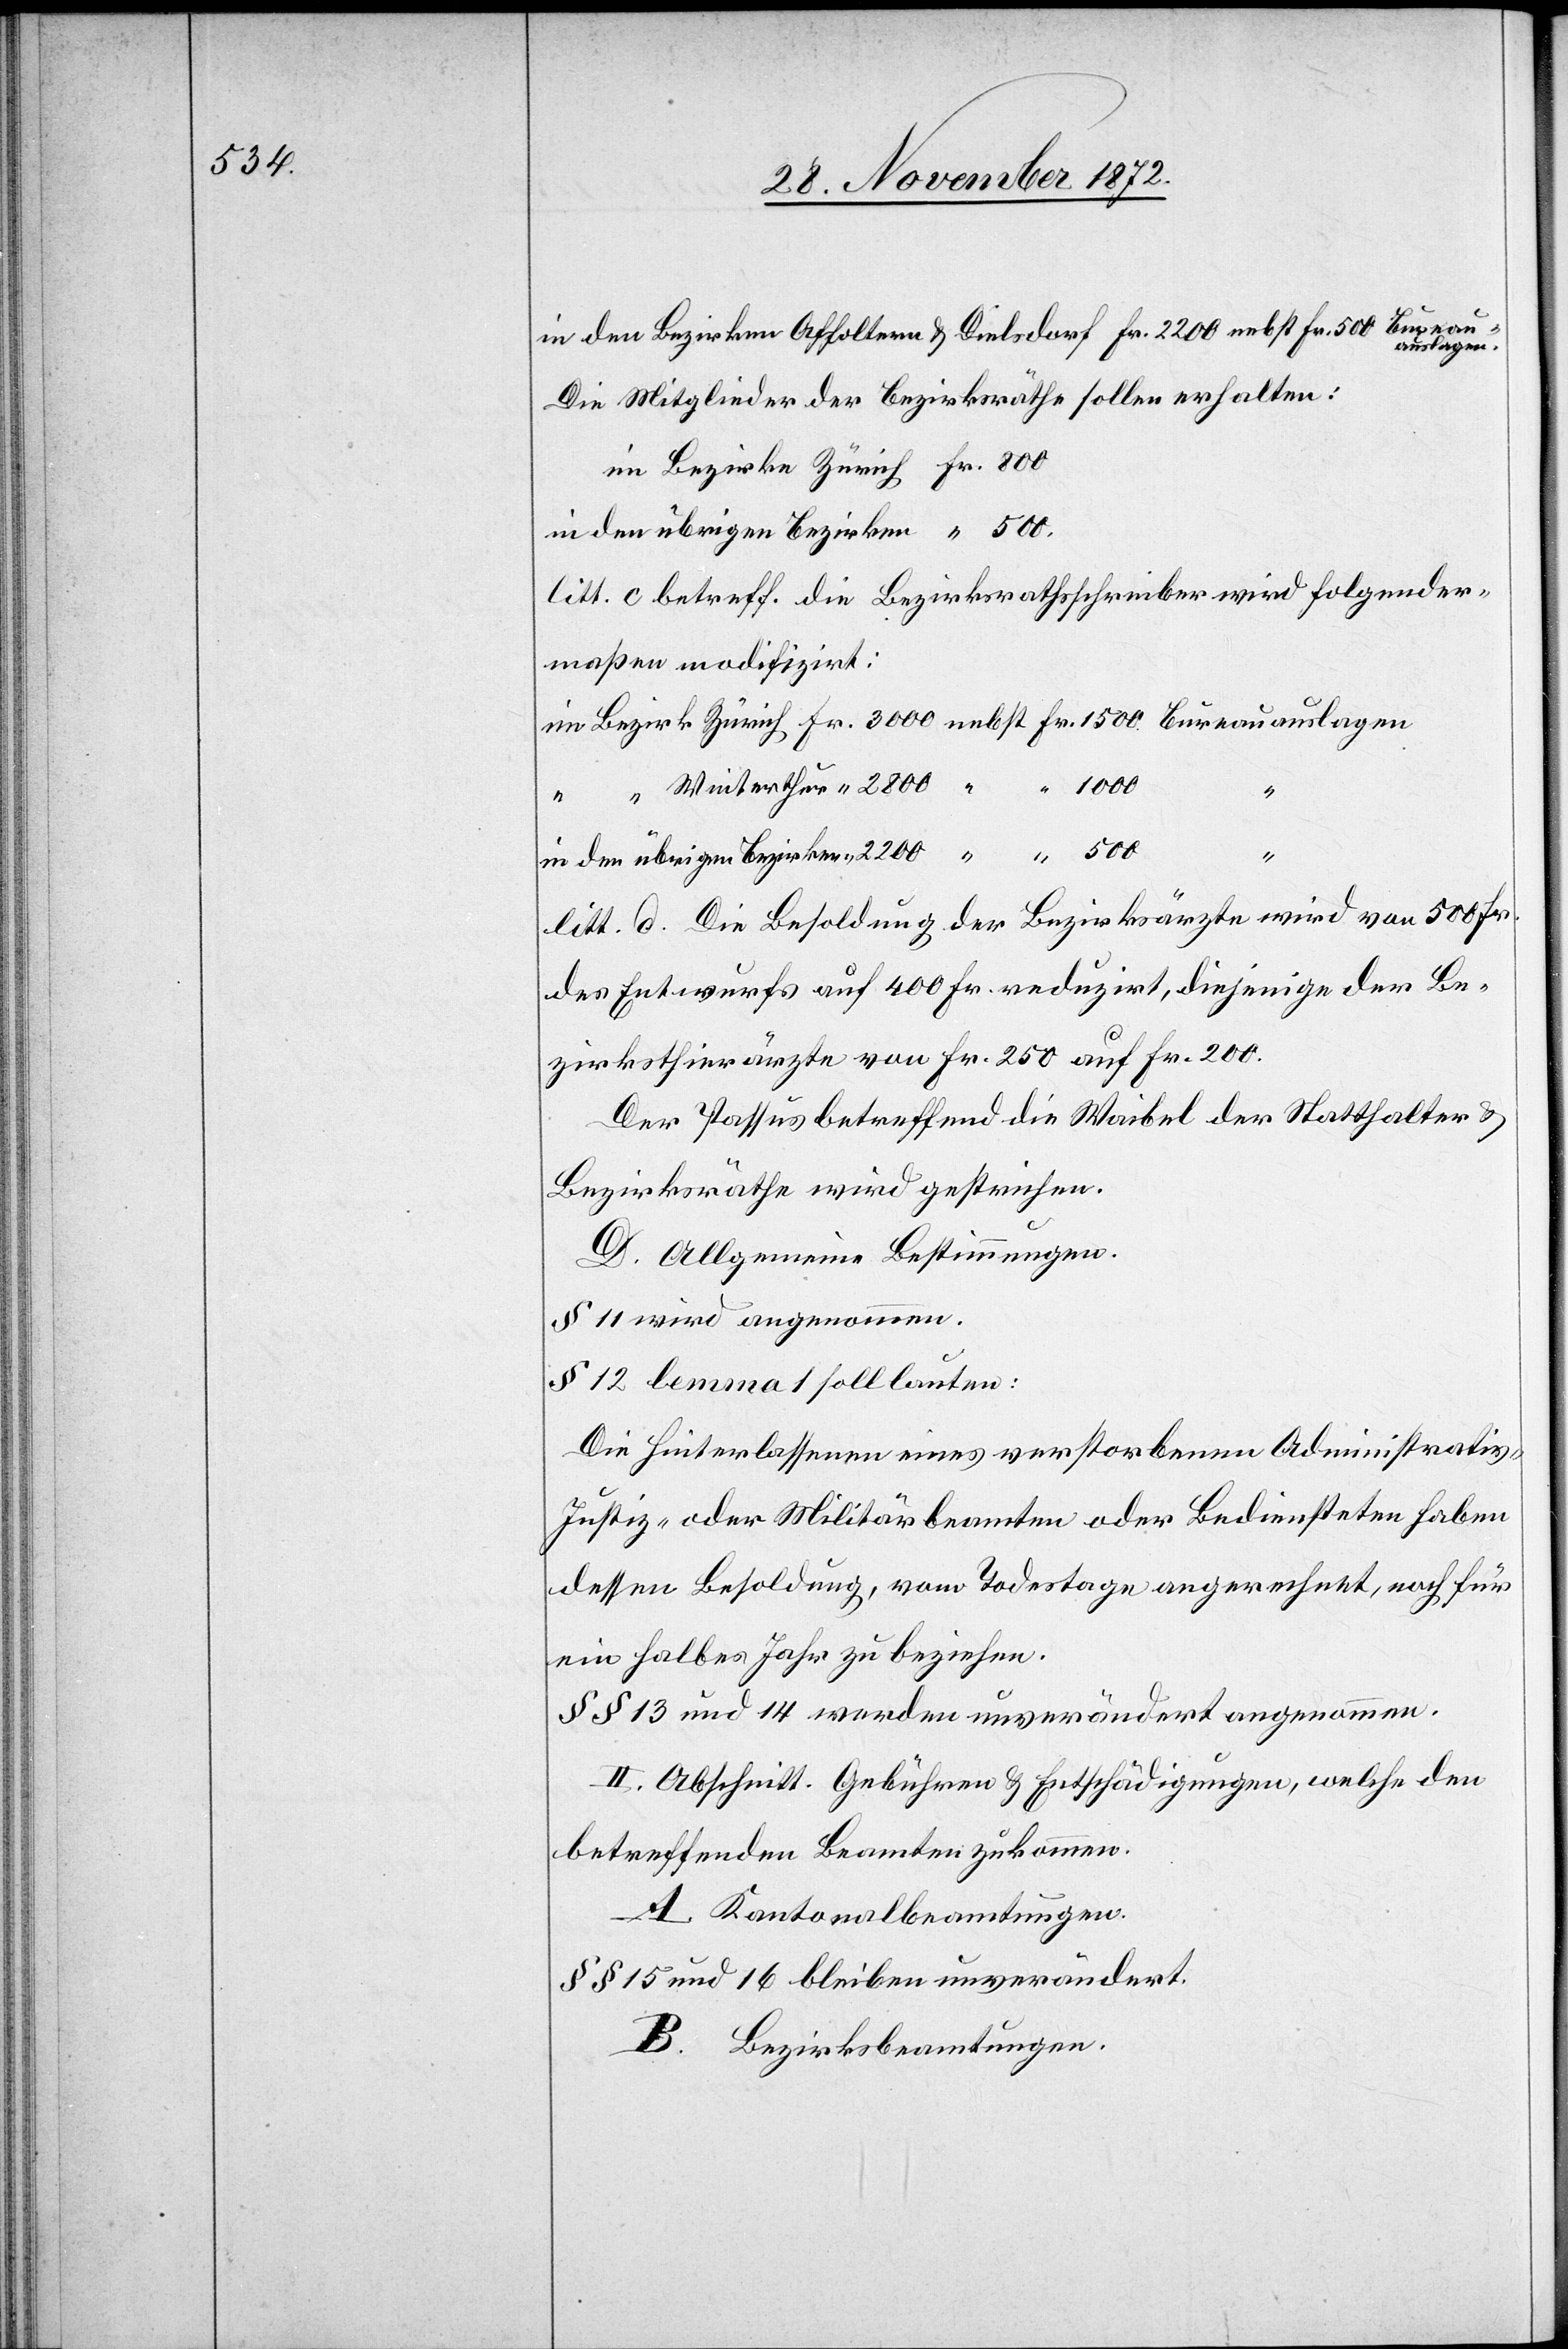
Die Mitglieder der Bezirksräthe sollen erhalten:
im Bezirke Zürich Fr. 800
in den übrigen Bezirken
litt. c. betreff. die Bezirksrathsschreiber wird folgender¬
maßen modifizirt:
2
“
litt. d. Die Besoldung der Bezirksärzte wird von 500 Fr.
des Entwurfs auf 400 Fr. reduzirt, diejenige der Be¬
zirksthierärzte von Fr. 250 auf Fr. 200.
Der Passus betreffend die Waibel der Statthalter u.
Bezirksräthe wird gestrichen.
D. Allgemeine Bestimmungen.
§ 11 wird angenommen.
§ 12 lemma 1 soll lauten:
Die Hinterlassenen eines verstorbenen Administrativ-
Justiz- oder Militärbeamten oder Bediensteten haben
dessen Besoldung, vom Todestage angerechnet, noch für
ein halbes Jahr zu beziehen.
§§ 13 und 14 werden unverändert angenommen.
II. Abschnitt. Gebühren u. Entschädigungen, welche den
betreffenden Beamten zukommen.
A. Kantonalbeamtungen.
§§ 15 und 16 bleiben unverändert.
B. Bezirksbeamtungen.